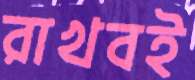
রাখবই